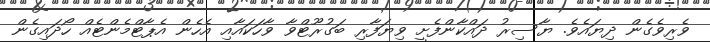
ވެރިވެގެން ދިޔައެވެ. ޔާސިރު ދައްކާންފެށީ ވިޔަފާރި ބަގުރޫޓްވާ ވާހަކައާއި އެހެން އެޕާޓްމެންޓެއް ހޯދައިގެން